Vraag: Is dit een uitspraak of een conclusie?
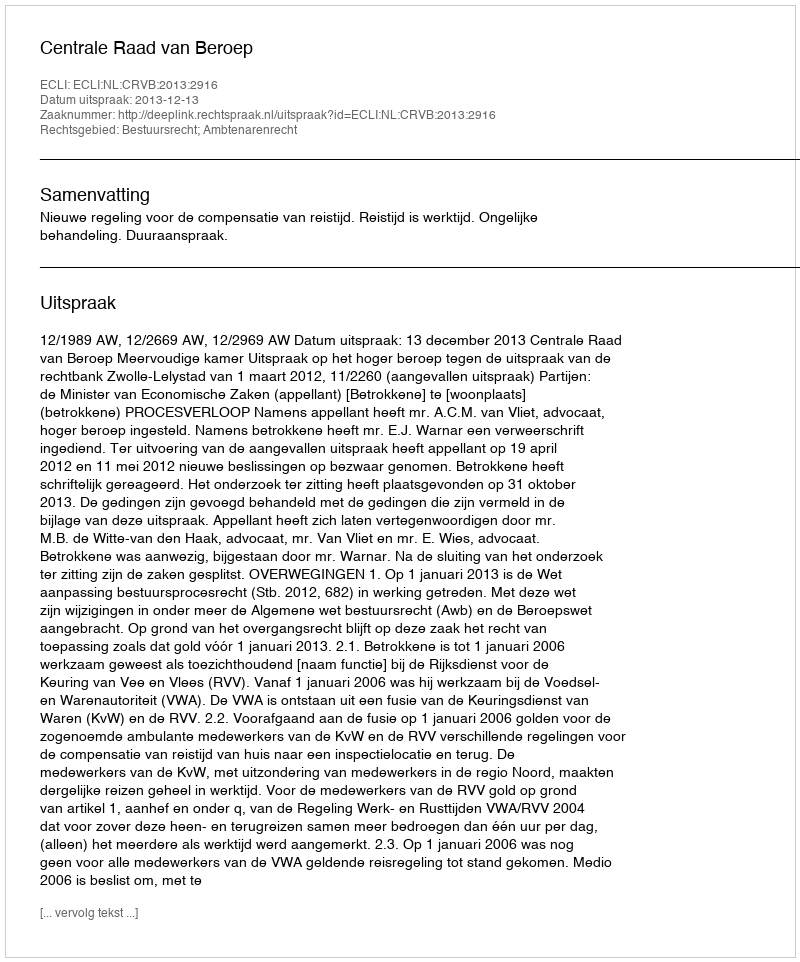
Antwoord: Uitspraak